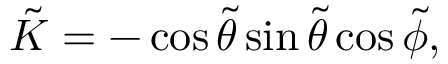
\tilde { K } = - \cos { \tilde { \theta } } \sin { \tilde { \theta } } \cos { \tilde { \phi } } ,